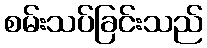
စမ်းသပ်ခြင်းသည်